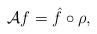
LaTeX: \begin{align*}{\cal A}f=\hat f\circ\rho,\end{align*}